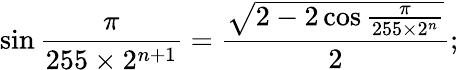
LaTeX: \sin{\frac{\pi}{255\times 2^{n+1}}}={\frac{\sqrt{2-2\cos{\frac{\pi}{255\times 2^{n}}}}}{2}};